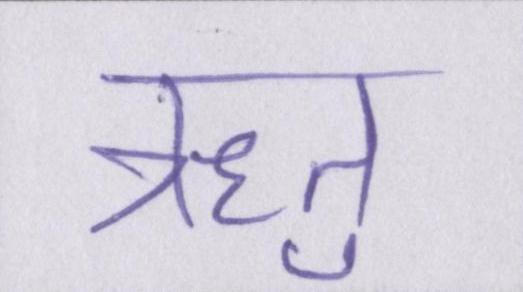
ऋतु